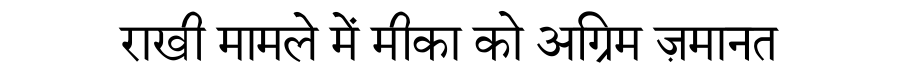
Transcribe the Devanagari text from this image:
राखी मामले में मीका को अग्रिम ज़मानत